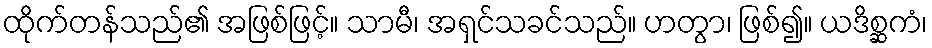
ထိုက်တန်သည်၏ အဖြစ်ဖြင့်။ သာမီ၊ အရှင်သခင်သည်။ ဟတွာ၊ ဖြစ်၍။ ယဒိစ္ဆကံ၊